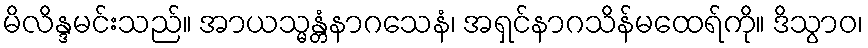
မိလိန္ဒမင်းသည်။ အာယသ္မန္တံနာဂသေနံ၊ အရှင်နာဂသိန်မထေရ်ကို။ ဒိသွာဝ၊